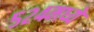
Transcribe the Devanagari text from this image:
५२४मध्ये